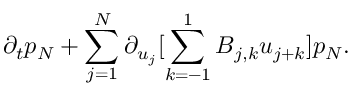
\partial _ { t } p _ { N } + \sum _ { j = 1 } ^ { N } \partial _ { u _ { j } } [ \sum _ { k = - 1 } ^ { 1 } B _ { j , k } u _ { j + k } ] p _ { N } .